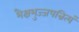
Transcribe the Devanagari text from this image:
भैक्षभुज्जपन्नित्यं